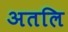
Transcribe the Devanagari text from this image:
अतलि